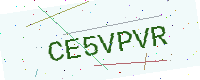
Text: CE5VPVR